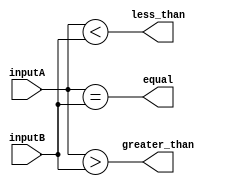
module comparator(
    input [3:0] inputA,
    input [3:0] inputB,
    output equal,
    output greater_than,
    output less_than
);

assign equal = (inputA == inputB);
assign greater_than = (inputA > inputB);
assign less_than = (inputA < inputB);

endmodule